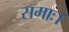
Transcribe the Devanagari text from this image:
समाः।